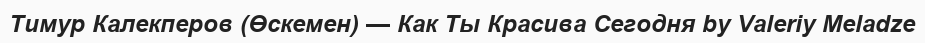
Тимур Калекперов (Өскемен) — Как Ты Красива Сегодня by Valeriy Meladze